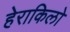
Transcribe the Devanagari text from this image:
हेराकिलो